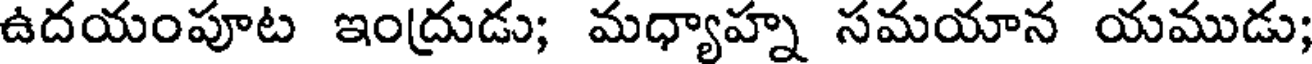
ఉదయంపూట ఇంద్రుడు; మధ్యాహ్న సమయాన యముడు;